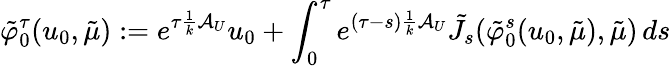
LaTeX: \tilde{\varphi}_{0}^{\tau}(u_{0},\tilde{\mu}):=e^{\tau\frac{1}{k}\mathcal{A}_{U}}u_{0}+\int_{0}^{\tau}e^{(\tau-s)\frac{1}{k}\mathcal{A}_{U}}\tilde{J}_{s}(\tilde{\varphi}_{0}^{s}(u_{0},\tilde{\mu}),\tilde{\mu})\, ds